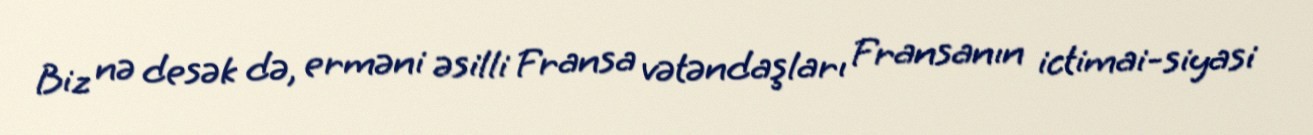
Biz nə desək də, erməni əsilli Fransa vətəndaşları Fransanın ictimai-siyasi